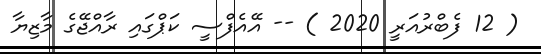
( 12 ފެބްރުއަރީ 2020 ) -- އޭއެފްސީ ކަޕްގައި ރާއްޖޭގެެ މާޒިޔާ